Sketch of the medical history of the native army of Bombay, for the year
Year: 1876
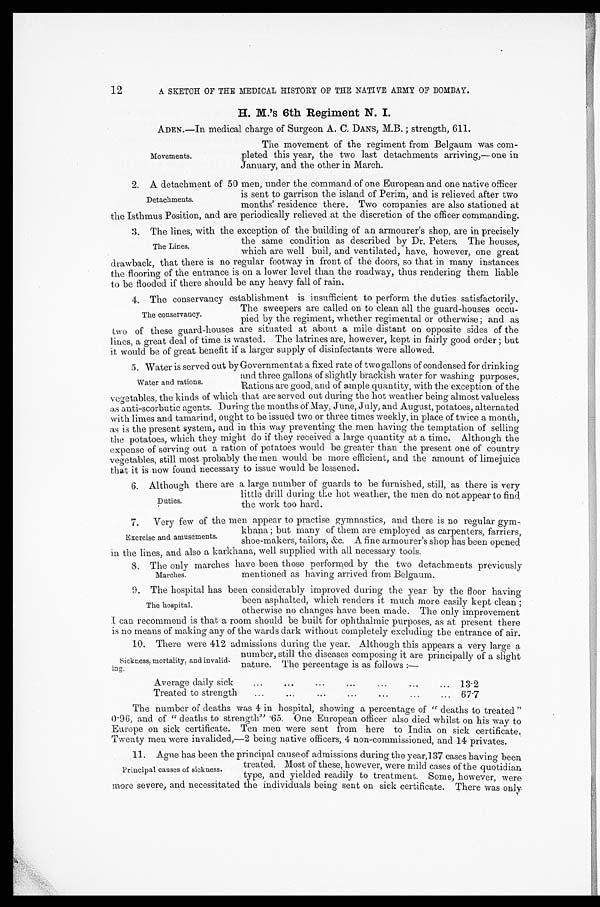
khana ; but many of them are employed as carpenters, farriers,
shoe-makers, tailors, &c. A fine armourer's shop has been opened
Exercise and amusements.
in the lines, and also a karkhana, well supplied with all necessary tools.
8.The only marches have been those performed by the two detchemnts previously
Marches.
12
A SKETCH OF THE MEDICAL HISTORY OF THE NATIVE ARMY OF BOMBAY.
H. M.'s 6th Regiment N. I.
ADEN.—In medical charge of Surgeon A. C. DANS, M.B. ; strength, 611.
Movements.
The movement of the regiment from Belgaum was com-
pleted this year, the two last detachments arriving,— one in
January, and the other in March.
2. A detachment of 50 men, under the command of one European and one native officer
Detachments.
is sent to garrison the island of Perim, and is relieved after two
months' residence there. Two companies are also stationed at
the Isthmus Position, and are periodically relieved at the discretion of the officer commanding.
3. The lines, with the exception of the building of an armourer's shop, are in precisely
the same condition as described by Dr. Peters. The houses,
which are well buil, and ventilated, have, however, one great
drawback, that there is no regular footway in front of the doors, so that in many instances
the flooring of the entrance is on a lower level than the roadway, thus rendering them liable
to be flooded if there should be any heavy fall of rain.
4. The conservancy establishment is insufficient to perform the duties satisfactorily,
The conservancy.
two of these guard-houses are situated at about a mile distant on opposite sides of the
lines, a great deal of time is wasted. The latrines are, however, kept in fairly good order ; but
it would be of great benefit if a larger supply of disinfectants were allowed.
5. Water is served out by Government at a fixed rate of two gallons of condensed for drinking
Water and rations.
vegetables, the kinds of which that are served out during the hot weather being almost valueless
as anti-scorbutic agents. During the months of May, June, July, and August, potatoes, alternated
with limes and tamarind, ought to be issued two or three times weekly, in place of twice a month,
as is the present system, and in this way preventing the men having the temptation of selling
the potatoes, which they might do if they received a large quantity at a time. Although the
expense of serving out a ration of potatoes would be greater than the present one of country
vegetables, still most probably the men would be more efficient, and the amount of limejuice
that it is now found necessary to issue would be lessened.
6. Although there are a large number of guards to be furnished, still, as there is very
Duties.
7. Very few of the men appear to practise gymnastics, and there is no regular gym-
The Lines.
The sweepers are called on to clean all the guard-houses occu-
pied by the regiment, whether regimental or otherwise : and as
and three gallons of slightly brackish water for washing purposes.
Rations are good, and of ample quantity, with the exception of the
little drill during the hot weather, the men do not appear to find,
the work too hard.
mentioned as having arrived from Belgaum.
9. The hospital has been considerably improved during the year by the floor having
been asphalted, which renders it much more easily kept clean
otherwise no changes have been made. The only improvement
I can recommend is that a room should be built for ophthalmic purposes, as at present there
is no means of making any of the wards dark without completely excluding the entrance of air.
10. There were 412 admissions during the year. Although this appears a very large a
number, still the diseases composing it are principally of a slight
nature. The percentage is as follows :—
Average daily sick
. . .
. . .
. . .
. . .
. . .
. . .
. . . 13 . 2
Treated to strengt
. . .
. . .
. . .
. . .
. . .
. . .
. . . 67.7
The number of deaths was 4 in hospital, showing a percentage of " deaths to treated "
0 .96, and of " deat hs t o st rengt h" . 65. One European offi cer al so di ed whi l st on hi s way t o
Europe on sick certificate. Ten men were sent from here to India on sick certificate,
Twenty men were invalided,-2 being native officers, 4 non-commissioned, and 14 privates.
11. Ague has been the principal cause of admissions during the year,137 cases ha,vinc,beer
case
Principal causes of sickness.
more severe, and necessitated the individuals being sent on sick certificate. There was only
The hospital.
Sickness, mortality, and invalid-
lug.
treated. Most of these, however, were mild cases of the quotidian
type, and yielded readily to treatment. Some, however, were